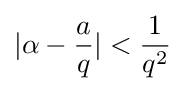
|\alpha -{\frac {a}{q}}|<{\frac {1}{q^{2}}}